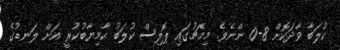
ކުލަބާ ވާދަކޮށް 8-0 ންނެވެ. މިމެޗުގައި ޕޮލިސް ކުލަބު ކާމިޔާބުކުރީ އަށް ލަނޑުގެ